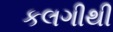
કલગીથી